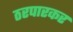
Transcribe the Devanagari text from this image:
ठरपारकर